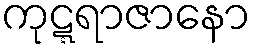
ကုဋ္ဋရာဇာနော